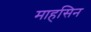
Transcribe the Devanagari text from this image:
माहसिन